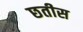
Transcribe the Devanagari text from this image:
छतीस